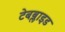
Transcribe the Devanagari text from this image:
टेबब्लाइड